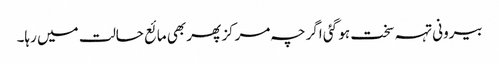
بیرونی تہہ سخت ہو گئی اگرچہ مرکز پھر بھی مائع حالت میں رہا۔